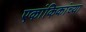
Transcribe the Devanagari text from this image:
एकांकिकांच्या